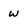
Character: w